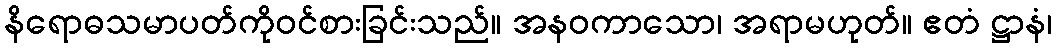
နိရောဓသမာပတ်ကိုဝင်စားခြင်းသည်။ အနဝကာသော၊ အရာမဟုတ်။ ဧတံ ဋ္ဌာနံ၊